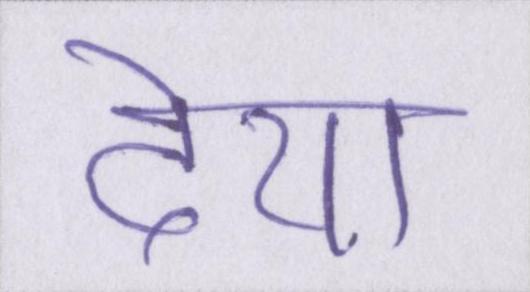
देथा